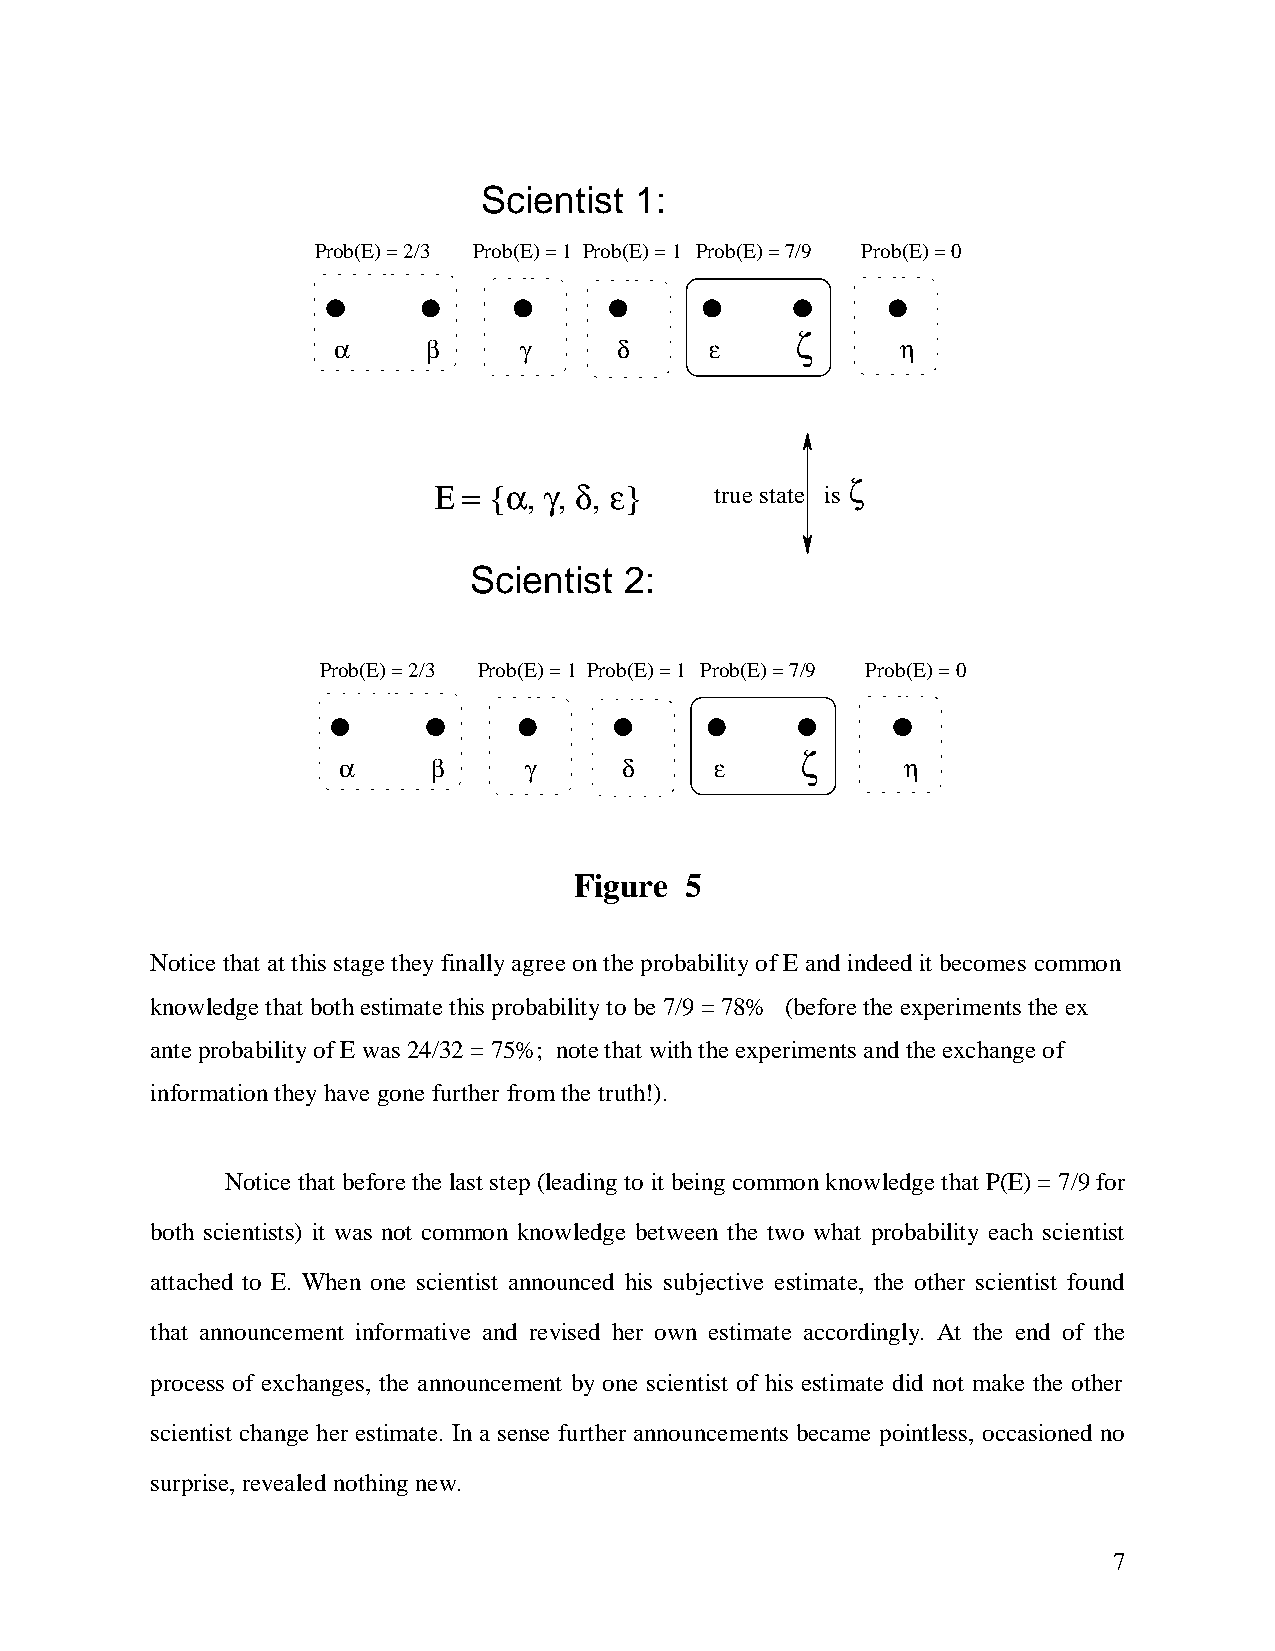
Scientist 1:
 Prob(E) = 2/3 Prob(E) = 1 Prob(E) = 1 Prob(E) = 7/9 Prob(E) = 0
 z
 a    b      g      d    e             h
 E = {a, g, d, e}           z
 true state is
 Scientist 2:
 Prob(E) = 2/3 Prob(E) = 1 Prob(E) = 1 Prob(E) = 7/9 Prob(E) = 0
 z
 a    b       g     d    e             h
 Figure 5
 Notice that at this stage they finally agree on the probability of E and indeed it becomes common
 knowledge that both estimate this probability to be 7/9 = 78% (before the experiments the ex
 ante probability of E was 24/32 = 75%; note that with the experiments and the exchange of
 information they have gone further from the truth!).
 Notice that before the last step (leading to it being common knowledge that P(E) = 7/9 for
 both scientists) it was not common knowledge between the two what probability each scientist
 attached to E. When one scientist announced his subjective estimate, the other scientist found
 that announcement informative and revised her own estimate accordingly. At the end of the
 process of exchanges, the announcement by one scientist of his estimate did not make the other
 scientist change her estimate. In a sense further announcements became pointless, occasioned no
 surprise, revealed nothing new.
 7